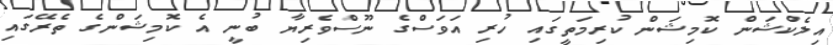
އިލެކްޝަން ކޮމިޝަން ކުރިމަތީގައި ހުރި އަވަސްގެ ނޫސްވެރިޔާ ބުނީ އެ ކޮމިޝަންގެ ތެރޭގައި